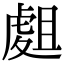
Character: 𧇈